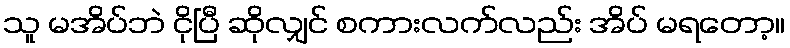
သူ မအိပ်ဘဲ ငိုပြီ ဆိုလျှင် စကားလက်လည်း အိပ် မရတော့။